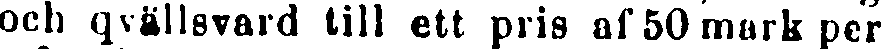
och qvällsvard till ett pris af 50 mark per